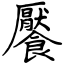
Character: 饜